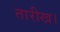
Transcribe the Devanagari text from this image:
तारीख।